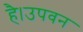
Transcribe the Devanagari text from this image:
है।उपवन